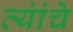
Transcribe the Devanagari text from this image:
त्यांंचेे